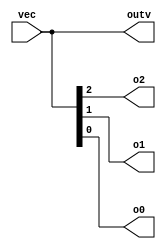
// SPDX-License-Identifier: MIT

module top_module ( 
    input wire [2:0] vec,
    output wire [2:0] outv,
    output wire o2,
    output wire o1,
    output wire o0  ); // Module body starts after module declaration
	assign outv = vec;
    assign {o2, o1, o0} = vec;
endmodule